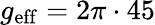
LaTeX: g_{\mathrm{eff}}=2\pi\cdot 45